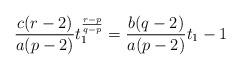
LaTeX: \begin{align*}\frac{c(r - 2)}{a(p - 2)} t_1 ^{\frac{r - p}{q - p}} = \frac{b(q - 2)}{a(p - 2)} t_1 - 1\end{align*}